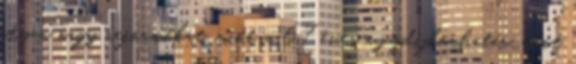
olyan nagy reformokat, mint a 67 éves nyugdíjkorhatár, amit